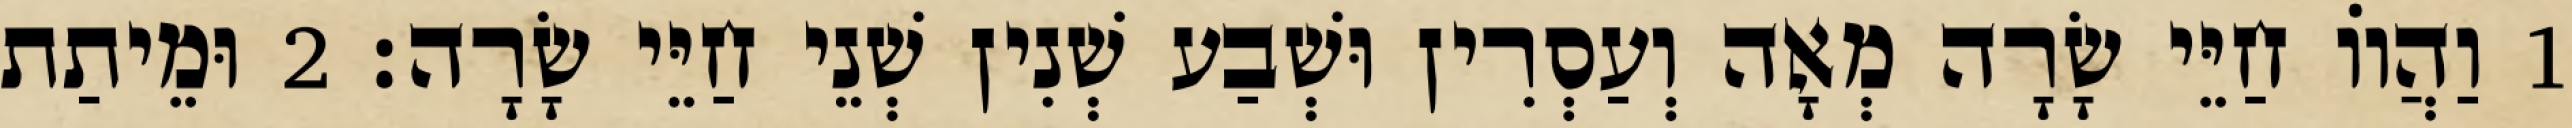
1 וַהֲווֹ חַיֵּי שָׂרָה מְאָה וְעַסְרִין וּשְׁבַע שְׁנִין שְׁנֵי חַיֵּי שָׂרָה׃ 2 וּמֵיתַת